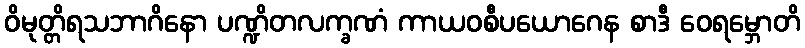
ဝိမုတ္တိရသဘာဂိနော ပဏ္ဍိတလက္ခဏံ ကာယဝစီပယောဂေန စာဒီ ဝေရမ္ဘောတိ